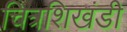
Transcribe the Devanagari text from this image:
चित्रशिखंडी